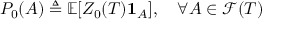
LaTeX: P _ { 0 } ( A ) \triangleq \mathbb { E } [ Z _ { 0 } ( T ) \mathbf { 1 } _ { A } ] , \quad \forall A \in { \mathcal { F } } ( T )